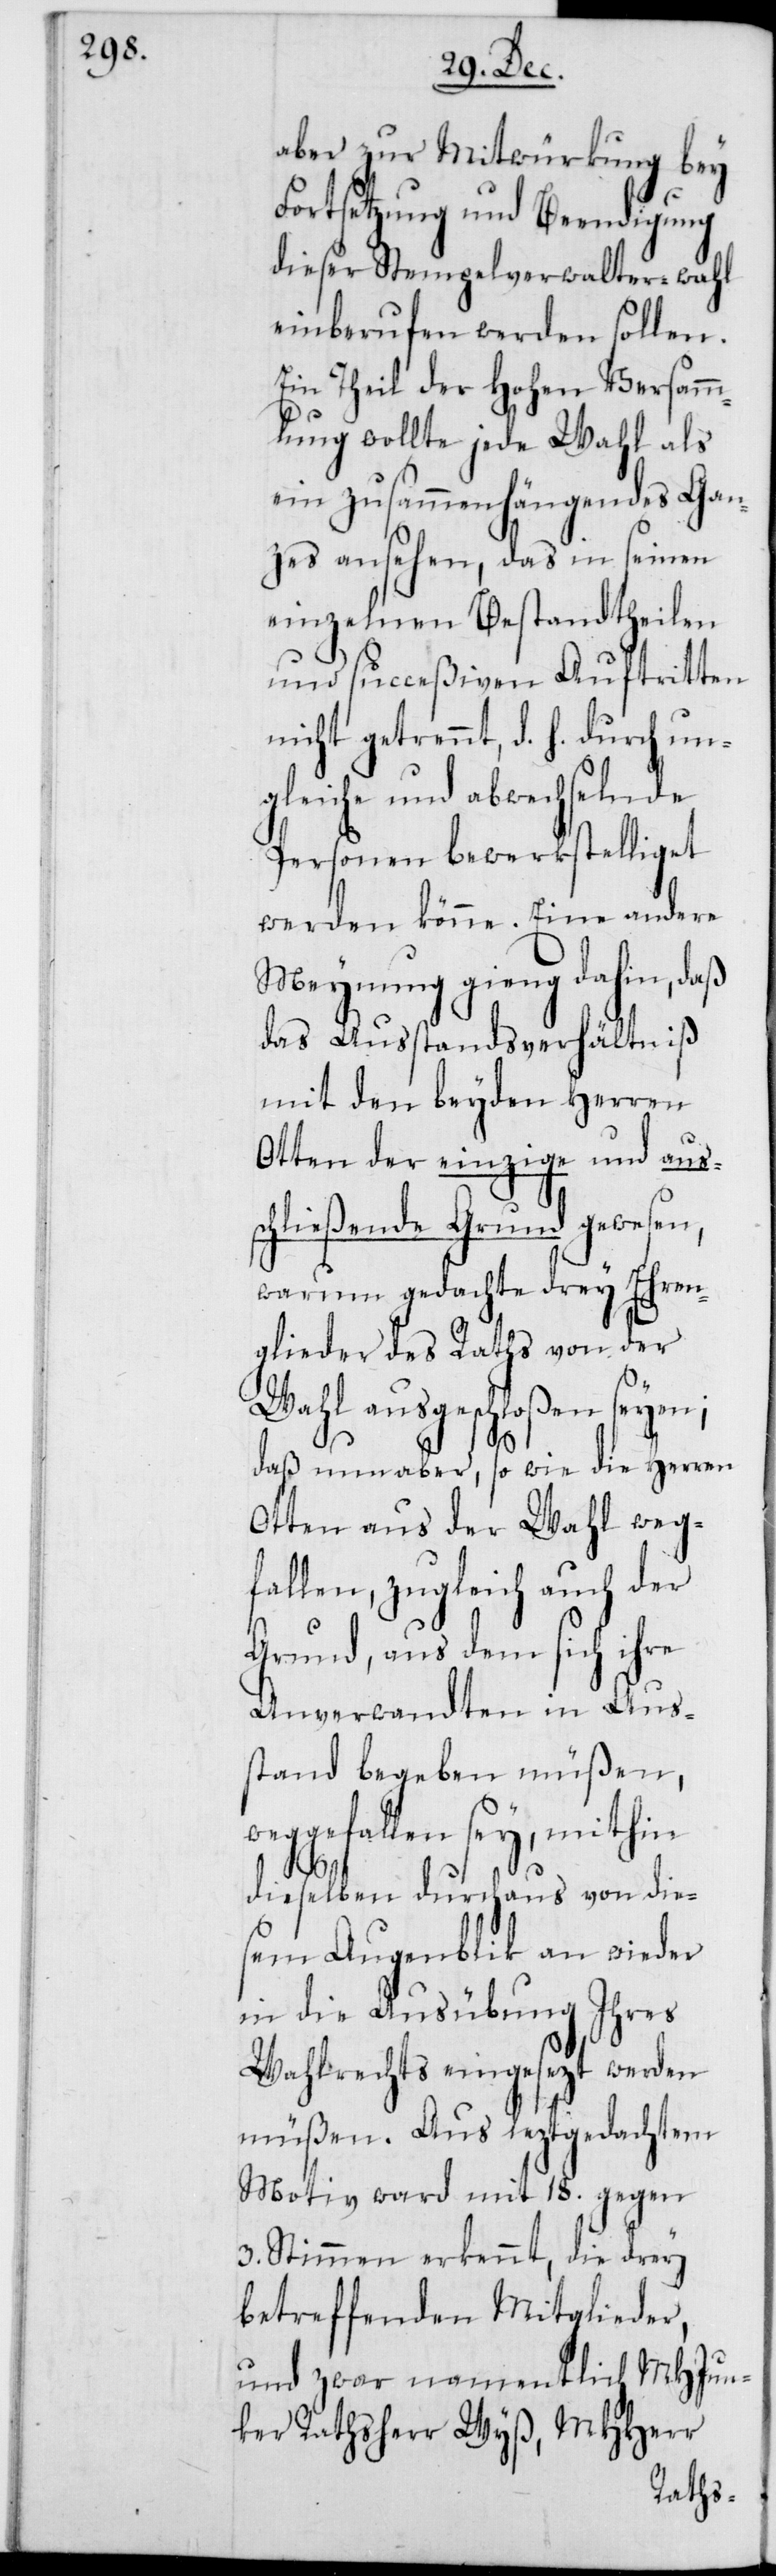
aber zur Mitwürkung bey
Fortsetzung und Beendigung
dieser Stempelverwalter-wahl
einberufen werden sollen.
Ein Theil der Hohen Versamm¬
lung wollte jede Wahl als
ein zusammenhängendes Gan¬
zes ansehen, das in seinen
einzelnen Bestandtheilen
und succeßiven Auftritten
nicht getrennt, d. h. durch un¬
gleiche und abwechselnde
Personen bewerkstelliget
werden könne. Eine andere
Meynung gieng dahin, daß
das Außtandsverhältniß
mit den beyden Herren
Otten der einzige und aus¬
chließende Grund gewesen,
warum gedachte drey Ehren¬
glieder des Raths von der
Wahl ausgeschloßen seyen;
Jun¬
daß nun aber, so wie die Herren
Otten aus der Wahl weg¬
fallen, zugleich auch der
Grund, aus dem sich ihre
Anverwandten in Aus¬
stand begeben müßen,
weggefallen sey, mithin
s¬
dieselben durchaus von die¬
sem Augenblick an wieder
in die Ausübung Ihres
Wahlrechts eingesezt werden
müßen. Aus leztgedachtem
Motiv ward mit 18. gegen
3. Stimmen erkennt, die drey
betreffenden Mitglieder,
und zwar namentlich MHHerr
ker Rathsherr Wyß, MHHerr